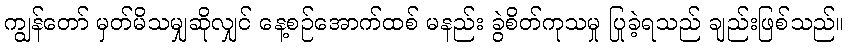
ကျွန်တော် မှတ်မိသမျှဆိုလျှင် နေ့စဉ်အောက်ထစ် မနည်း ခွဲစိတ်ကုသမှု ပြုခဲ့ရသည် ချည်းဖြစ်သည်။